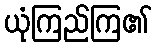
ယုံကြည်ကြ၏